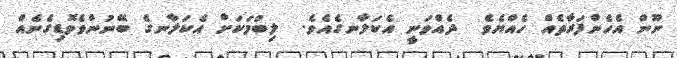
ނޫން އެހެންފަރާތެއް ހެއްޔެވެ  ދެއްވަނީ އެކަލާނގެއެވެ.  ލިބުމަކަށް އެކަލާނގެ ބޭނުންވެވޮޑިގެނެއް